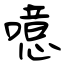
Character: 噫